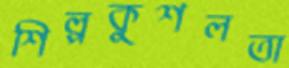
শিল্পকুশলতা